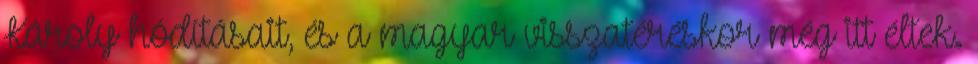
Károly hódításait, és a magyar visszatéréskor még itt éltek.